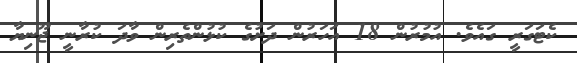
ކެޓަގަރީ ގައެވެ. އުމުރުން 18 އަހަރުން ދަށުގެ ކުޅުންތެރިން ވާދަ ކުރާނީ ޖޫނިޔާ